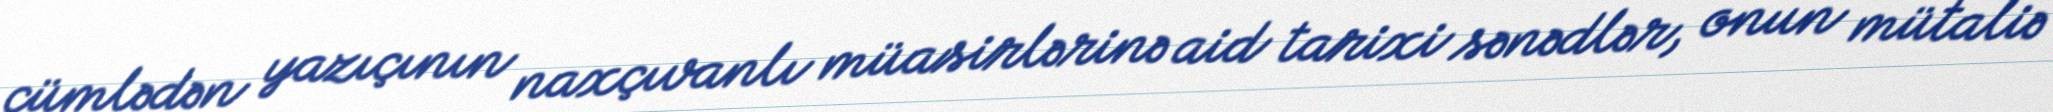
cümlədən yazıçının naxçıvanlı müasirlərinə aid tarixi sənədlər, onun mütaliə